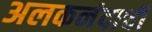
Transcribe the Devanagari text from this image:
अलकनंदाची